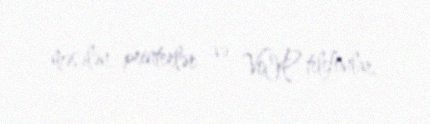
məsələn, printerlər və VoIP telefonlar.